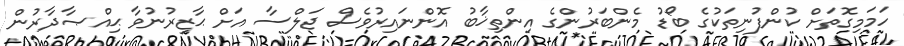
ހަމަމިގޮތަށް ކުންފުނިތަކުގެ ބޯޑު މެންބަރުންގެ އިންތިޚާބު އޮންނައިރުވެސް ޖަލްސާ އަށް ޙާޒިރުނުވާ ޙިއްޞާދާރުން